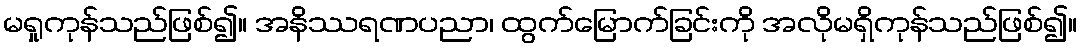
မရှုကုန်သည်ဖြစ်၍။ အနိဿရဏပညာ၊ ထွက်မြောက်ခြင်းကို အလိုမရှိကုန်သည်ဖြစ်၍။